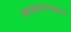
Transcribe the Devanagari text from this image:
आग्रादरम्यान